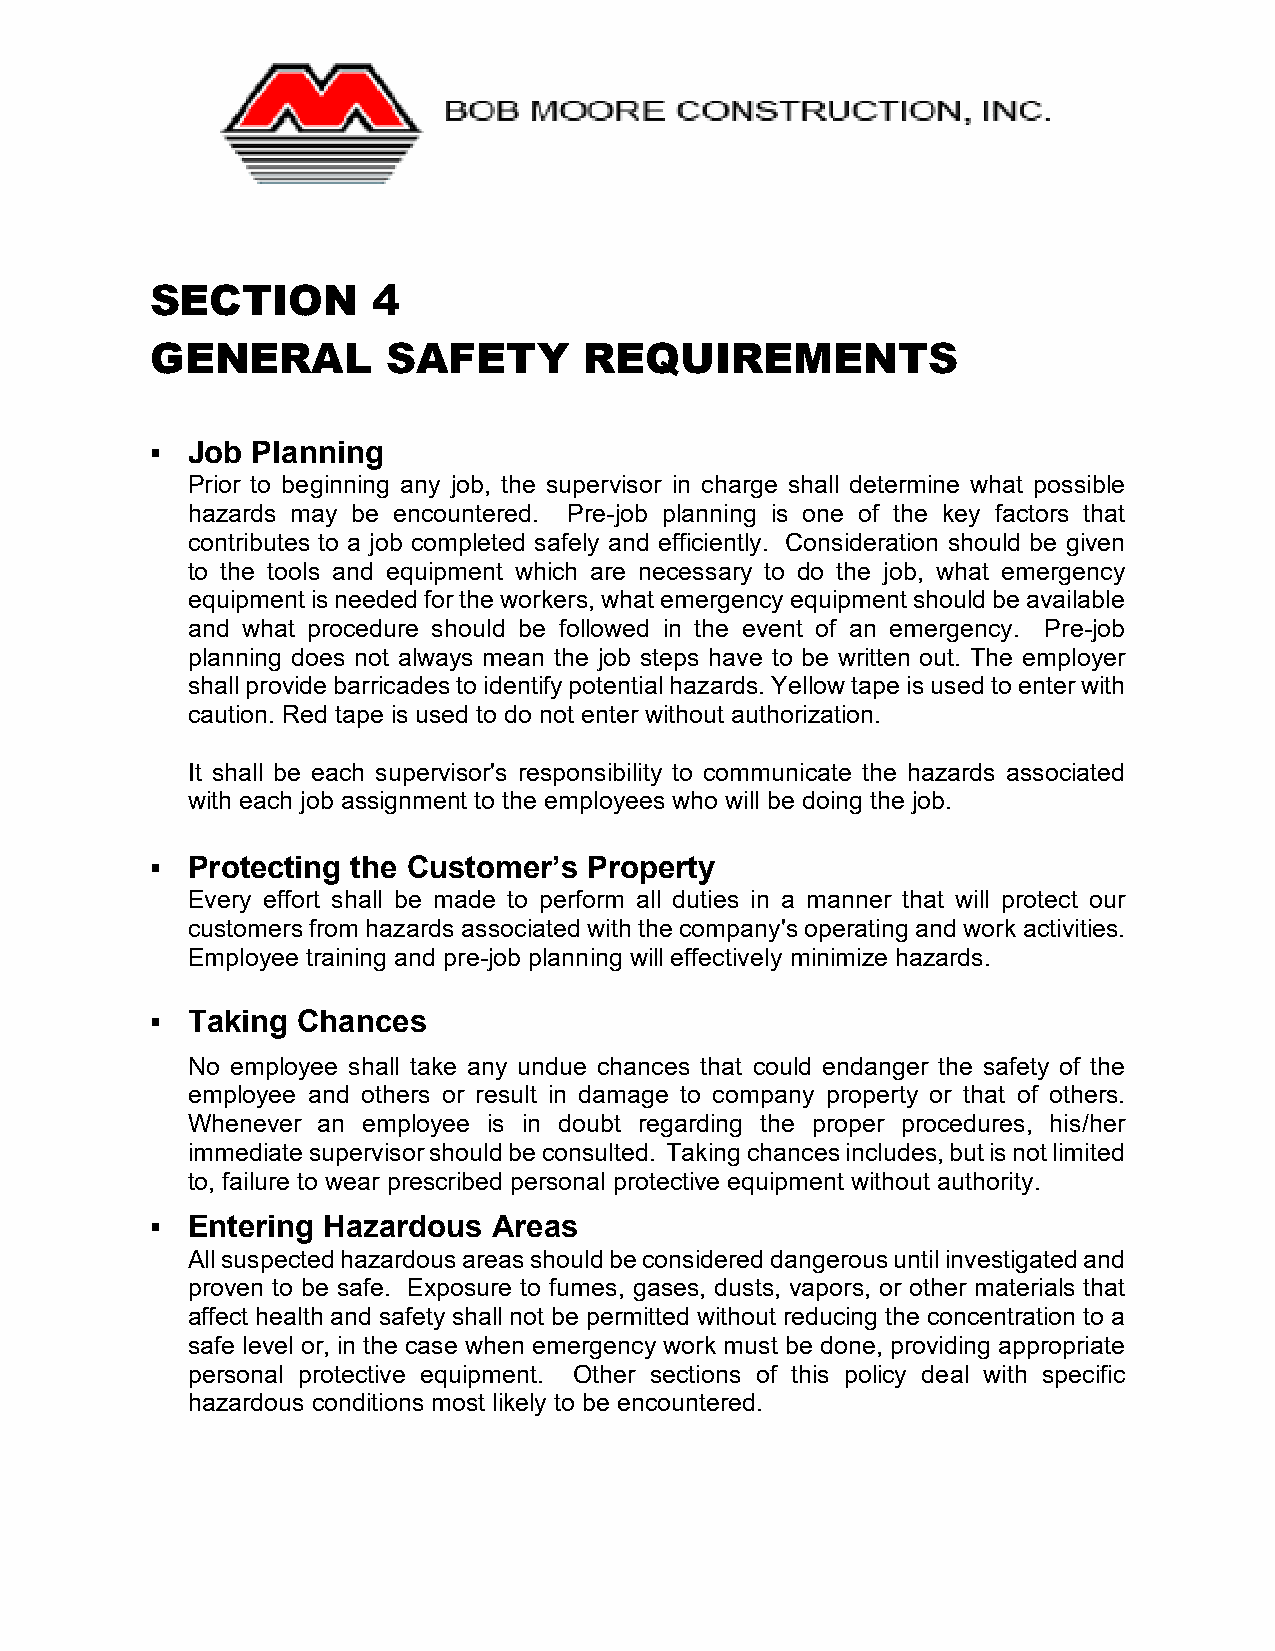
SECTION        4
 GENERAL         SAFETY       REQUIREMENTS
 ▪ Job  Planning
 Prior to beginning any job, the supervisor in charge shall determine what possible
 hazards may be encountered. Pre-job planning is one of the key factors that
 contributes to a job completed safely and efficiently. Consideration should be given
 to the tools and equipment which are necessary to do the job, what emergency
 equipment is needed for the workers, what emergency equipment should be available
 and what procedure should be followed in the event of an emergency. Pre-job
 planning does not always mean the job steps have to be written out. The employer
 shall provide barricades to identify potential hazards. Yellow tape is used to enter with
 caution. Red tape is used to do not enter without authorization.
 It shall be each supervisor's responsibility to communicate the hazards associated
 with each job assignment to the employees who will be doing the job.
 ▪ Protecting the Customer’s  Property
 Every effort shall be made to perform all duties in a manner that will protect our
 customers from hazards associated with the company's operating and work activities.
 Employee training and pre-job planning will effectively minimize hazards.
 ▪ Taking  Chances
 No employee shall take any undue chances that could endanger the safety of the
 employee and others or result in damage to company property or that of others.
 Whenever an employee is in doubt regarding the proper procedures, his/her
 immediate supervisor should be consulted. Taking chances includes, but is not limited
 to, failure to wear prescribed personal protective equipment without authority.
 ▪ Entering Hazardous   Areas
 All suspected hazardous areas should be considered dangerous until investigated and
 proven to be safe. Exposure to fumes, gases, dusts, vapors, or other materials that
 affect health and safety shall not be permitted without reducing the concentration to a
 safe level or, in the case when emergency work must be done, providing appropriate
 personal protective equipment. Other sections of this policy deal with specific
 hazardous conditions most likely to be encountered.